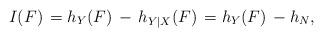
LaTeX: \begin{align*} I(F)\,=h_Y(F)\,-\,h_{Y|X}(F)\, = h_Y(F) \, - h_N, \end{align*}